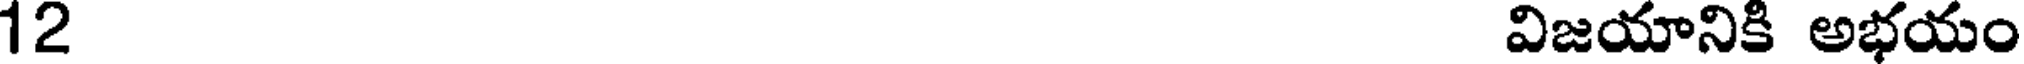
12 విజయానికి అభయం